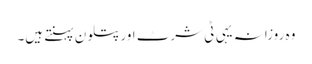
وہ روزانہ یہی ٹی شرٹ اور پتلون پہنتے ہیں۔